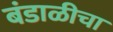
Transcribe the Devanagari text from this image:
बंडाळीचा